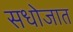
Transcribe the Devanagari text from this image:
सधोजात